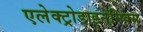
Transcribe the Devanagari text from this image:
एलेक्ट्रोडाइनेमिक्स